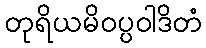
တုရိယမိဝပ္ပဝါဒိတံ